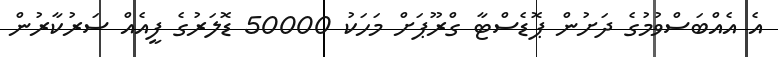
އެ އެއްބަސްވުމުގެ ދަށުން ޕޮޑެސްޓާ ގްރޫޕަށް މަހަކު 50000 ޑޮލަރުގެ ފީއެއް ސަރުކާރުން